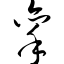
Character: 挛